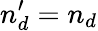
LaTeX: n_{d}^{\prime}=n_{d}